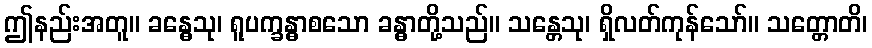
ဤနည်းအတူ။ ခန္ဓေသု၊ ရူပက္ခန္ဓာစသော ခန္ဓာတို့သည်။ သန္တေသု၊ ရှိလတ်ကုန်သော်။ သတ္တောတိ၊